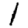
Digit: 1